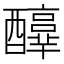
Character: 𨣳